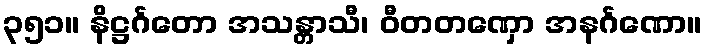
၃၅၁။ နိဋ္ဌင်္ဂတော အသန္တာသီ၊ ဝီတတဏှော အနင်္ဂဏော။